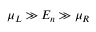
\mu _ { L } \gg E _ { n } \gg \mu _ { R }